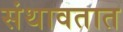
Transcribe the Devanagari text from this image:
संथावतात